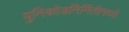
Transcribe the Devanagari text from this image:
युनिकोडनिर्मितीमध्ये